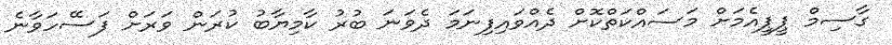
ގާސިމް ޕީޕީއެމަށް މަސައްކަތްކޮށް ދެއްވައިފިނަމަ ދެވަނަ ބުރު ކާމިޔާބު ކުރަން ވަރަށް ފަސޭހަވާނެ